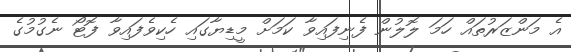
އެ މަންޒަރުތައް ހަމަ ލޮލުން ފެނިފައިވާ ކަމަށް މީޑިޔާގައި ހެކިވެފައިވާ ފޮޓޯ ނެގުމުގެ